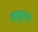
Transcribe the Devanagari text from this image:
डाकुन्हा